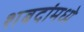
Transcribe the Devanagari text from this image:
शबदांमध्ये